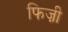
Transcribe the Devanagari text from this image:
फिज़ी